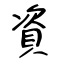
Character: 資